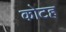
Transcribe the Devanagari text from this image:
कोटह